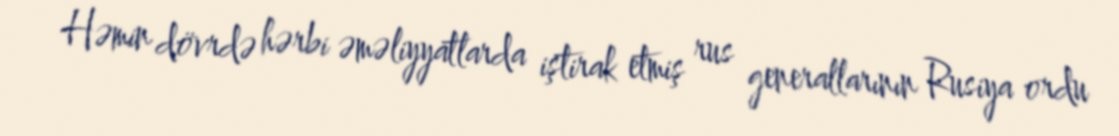
Həmin dövrdə hərbi əməliyyatlarda iştirak etmiş rus generallarının Rusiya ordu